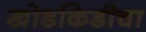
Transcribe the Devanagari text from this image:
खोडकिडीचा